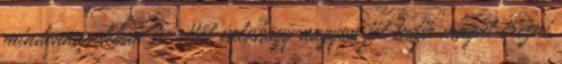
mindennapokban is, ettől valahogy nagyon jól tudja magát érezni